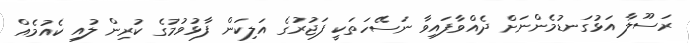
ރަސޫލާ އަޅުގަނޑުމެންނަށް ދެއްވާފައިވާ ނަސޭހަތަކީ ފަޖުރުގެ އަލިކަން ފާޅުވުމުގެ ކުރިން ލުއި ކެއުމެއް